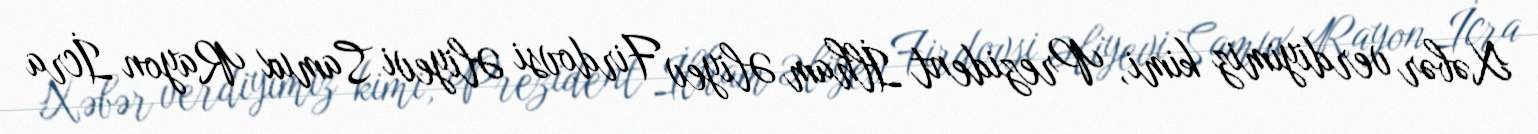
Xəbər verdiyimiz kimi, Prezident İlham Əliyev Firdovsi Əliyevi Samux Rayon İcra